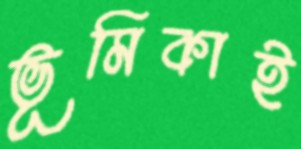
ভূমিকাই